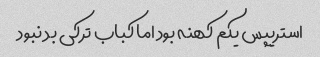
استریپس یکم کهنه بود اما کباب ترکی بد نبود